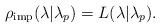
LaTeX: \begin{align*} \rho_{\mathrm{imp}}(\lambda|\lambda_p) = L(\lambda|\lambda_p).\end{align*}